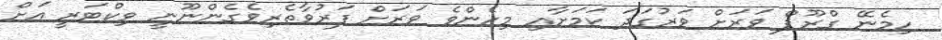
ހިމެނޭ ގްރޫޕް ވަރަށް ވަރުގަދަ ކަމަށާއި މިހެންވެ ވަރަށް ފަރުވާތެރިވެގެންނޫނީ ވިކްޓަރީ އަށް